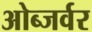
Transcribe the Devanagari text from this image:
ओब्जर्वर